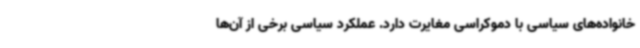
خانواده‌های سیاسی با دموکراسی مغایرت دارد. عملکرد سیاسی برخی از آن‌ها